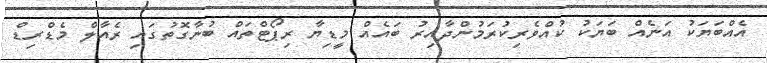
އެއްބަޔަކު އަނެއް ބަޔަކު ކުއްވެރިކުރަމުންދާއިރު ބައެއް މީޑިޔާ ރިޕޯޓްތައް ބުނާގޮތުގައި ރެއާލް މެޑްރިޑް